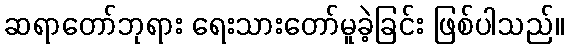
ဆရာတော်ဘုရား ရေးသားတော်မူခဲ့ခြင်း ဖြစ်ပါသည်။